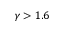
\gamma > 1 . 6